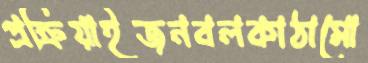
প্রক্রিয়াইজনবলকাঠামো